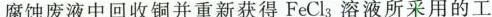
腐蚀废液中回收铜并重新获得FeCl_{3溶液所采用的工